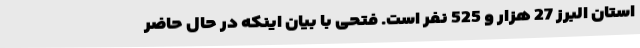
استان البرز 27 هزار و 525 نفر است. فتحی با بیان اینکه در حال حاضر